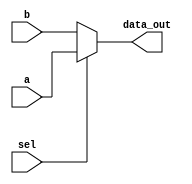
`timescale 1ns / 1ps

module MUX2to1_8bit(a,b,sel,data_out);

input [7:0] a;
input [7:0] b;
input sel;
output [7:0] data_out;

assign data_out = sel? a:b ;  

endmodule